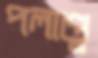
পলাণ্ডু